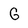
Character: G